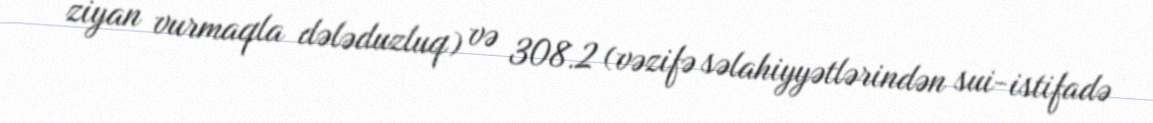
ziyan vurmaqla dələduzluq) və 308.2 (vəzifə səlahiyyətlərindən sui-istifadə